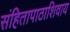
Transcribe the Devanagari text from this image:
संहितापाठाशिवाय